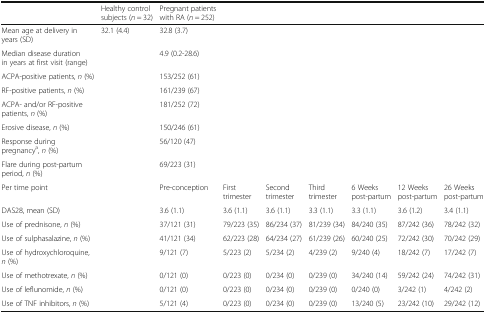
<table><thead><tr><td></td><td><b>Healthy control subjects (<i>n</i> = 32)</b></td><td><b>Pregnant patients with RA (<i>n</i> = 252)</b></td><td></td><td></td><td></td><td></td><td></td><td></td></tr></thead><tbody><tr><td>Mean age at delivery in years (SD)</td><td>32.1 (4.4)</td><td>32.8 (3.7)</td><td></td><td></td><td></td><td></td><td></td><td></td></tr><tr><td>Median disease duration in years at first visit (range)</td><td></td><td>4.9 (0.2-28.6)</td><td></td><td></td><td></td><td></td><td></td><td></td></tr><tr><td>ACPA-positive patients, <i>n</i> (%)</td><td></td><td>153/252 (61)</td><td></td><td></td><td></td><td></td><td></td><td></td></tr><tr><td>RF-positive patients, <i>n</i> (%)</td><td></td><td>161/239 (67)</td><td></td><td></td><td></td><td></td><td></td><td></td></tr><tr><td>ACPA- and/or RF-positive patients, <i>n</i> (%)</td><td></td><td>181/252 (72)</td><td></td><td></td><td></td><td></td><td></td><td></td></tr><tr><td>Erosive disease, <i>n</i> (%)</td><td></td><td>150/246 (61)</td><td></td><td></td><td></td><td></td><td></td><td></td></tr><tr><td>Response during pregnancy<sup>a</sup>, <i>n</i> (%)</td><td></td><td>56/120 (47)</td><td></td><td></td><td></td><td></td><td></td><td></td></tr><tr><td>Flare during post-partum period, <i>n</i> (%)</td><td></td><td>69/223 (31)</td><td></td><td></td><td></td><td></td><td></td><td></td></tr><tr><td>Per time point</td><td></td><td>Pre-conception</td><td>First trimester</td><td>Second trimester</td><td>Third trimester</td><td>6 Weeks post-partum</td><td>12 Weeks post-partum</td><td>26 Weeks post-partum</td></tr><tr><td>DAS28, mean (SD)</td><td></td><td>3.6 (1.1)</td><td>3.6 (1.1)</td><td>3.6 (1.1)</td><td>3.3 (1.1)</td><td>3.3 (1.1)</td><td>3.6 (1.2)</td><td>3.4 (1.1)</td></tr><tr><td>Use of prednisone, <i>n</i> (%)</td><td></td><td>37/121 (31)</td><td>79/223 (35)</td><td>86/234 (37)</td><td>81/239 (34)</td><td>84/240 (35)</td><td>87/242 (36)</td><td>78/242 (32)</td></tr><tr><td>Use of sulphasalazine, <i>n</i> (%)</td><td></td><td>41/121 (34)</td><td>62/223 (28)</td><td>64/234 (27)</td><td>61/239 (26)</td><td>60/240 (25)</td><td>72/242 (30)</td><td>70/242 (29)</td></tr><tr><td>Use of hydroxychloroquine, <i>n</i> (%)</td><td></td><td>9/121 (7)</td><td>5/223 (2)</td><td>5/234 (2)</td><td>4/239 (2)</td><td>9/240 (4)</td><td>18/242 (7)</td><td>17/242 (7)</td></tr><tr><td>Use of methotrexate, <i>n</i> (%)</td><td></td><td>0/121 (0)</td><td>0/223 (0)</td><td>0/234 (0)</td><td>0/239 (0)</td><td>34/240 (14)</td><td>59/242 (24)</td><td>74/242 (31)</td></tr><tr><td>Use of leflunomide, <i>n</i> (%)</td><td></td><td>0/121 (0)</td><td>0/223 (0)</td><td>0/234 (0)</td><td>0/239 (0)</td><td>0/240 (0)</td><td>3/242 (1)</td><td>4/242 (2)</td></tr><tr><td>Use of TNF inhibitors, <i>n</i> (%)</td><td></td><td>5/121 (4)</td><td>0/223 (0)</td><td>0/234 (0)</td><td>0/239 (0)</td><td>13/240 (5)</td><td>23/242 (10)</td><td>29/242 (12)</td></tr></tbody></table>